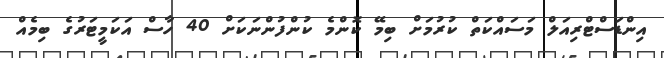
އިންޑަސްޓްރިއަލް މަސައްކަތް ކުރުމަށް ބިމޭ ކޮންމެ ކުންފުންނަކަށް 40 ހާސް އަކަމީޓަރުގެ ބިމެއް